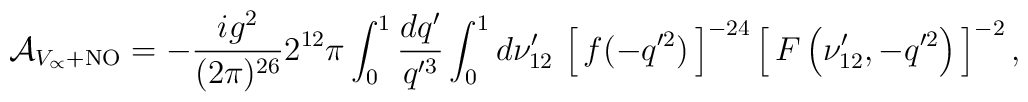
{\cal A}_{V_\propto+{\rm NO}} = -{ig^2\over(2\pi)^{26}}2^{12}\pi    \int_0^1{dq'\over q'^3}\int_0^1d\nu'_{12}\,   \left[\,f(-q'^2)\,\right]^{-24}   \left[\,F\left(\nu'_{12},-q'^2\right)\,\right]^{-2},